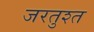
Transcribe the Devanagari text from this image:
जरतुश्त